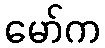
မော်က